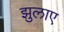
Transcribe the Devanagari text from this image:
झुलाए